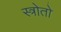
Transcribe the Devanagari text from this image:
स्त्रोतो